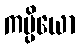
ကပ္ပိယော